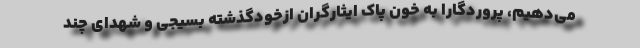
می‌دهیم، پروردگارا به خون پاک ایثارگران ازخودگذشته بسیجی و شهدای چند